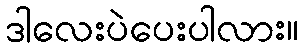
ဒါလေးပဲပေးပါလား။